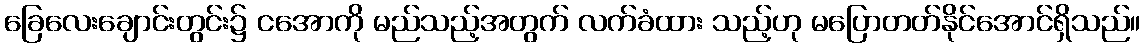
ခြေလေးချောင်းတွင်း၌ ငအောကို မည်သည့်အတွက် လက်ခံထား သည့်ဟု မပြောတတ်နိုင်အောင်ရှိသည်။